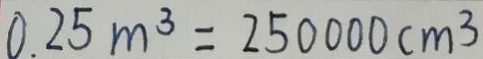
0 . 2 5 m ^ { 3 } = 2 5 0 0 0 0 c m ^ { 3 }